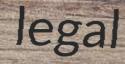
legal